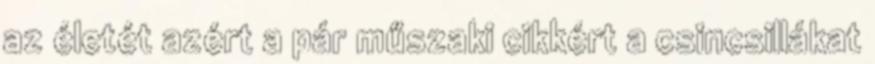
az életét azért a pár műszaki cikkért a csincsillákat